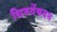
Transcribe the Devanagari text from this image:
थिरुवेंकदम